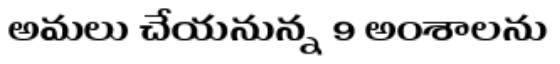
అమలు చేయనున్న 9 అంశాలను